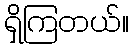
ရှိကြတယ်။